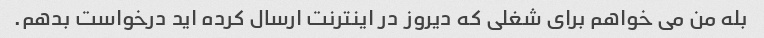
بله من می خواهم برای شغلی که دیروز در اینترنت ارسال کرده اید درخواست بدهم.